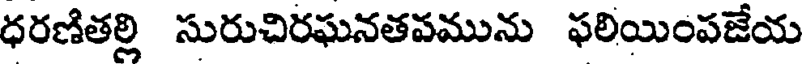
ధరణితల్లి సురుచిరఘనతవమును ఫలియింపజేయ